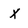
Character: x